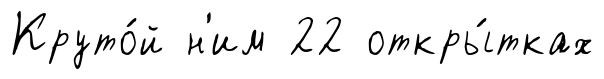
Круто́й н'им 22 откры́тках